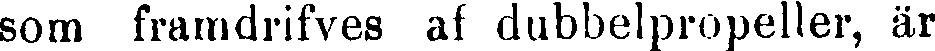
som framdrifves af dubbelpropeller, är